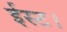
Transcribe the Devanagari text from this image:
ईस्ट।